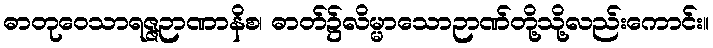
ဓာတုဝေသာရဇ္ဇဉာဏာနိစ၊ ဓာတ်၌လိမ္မာသောဉာဏ်တို့သို့လည်းကောင်း။